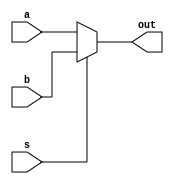
 module mux
 
  (
    input wire signed [31:0] a, b,
input wire s,
    output wire signed [31:0] out      
);
   assign out = (s)? b : a;

  endmodule